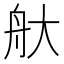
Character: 𦨐